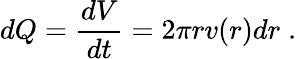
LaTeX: dQ=\frac{dV}{dt}=2\pi rv(r)dr\; .